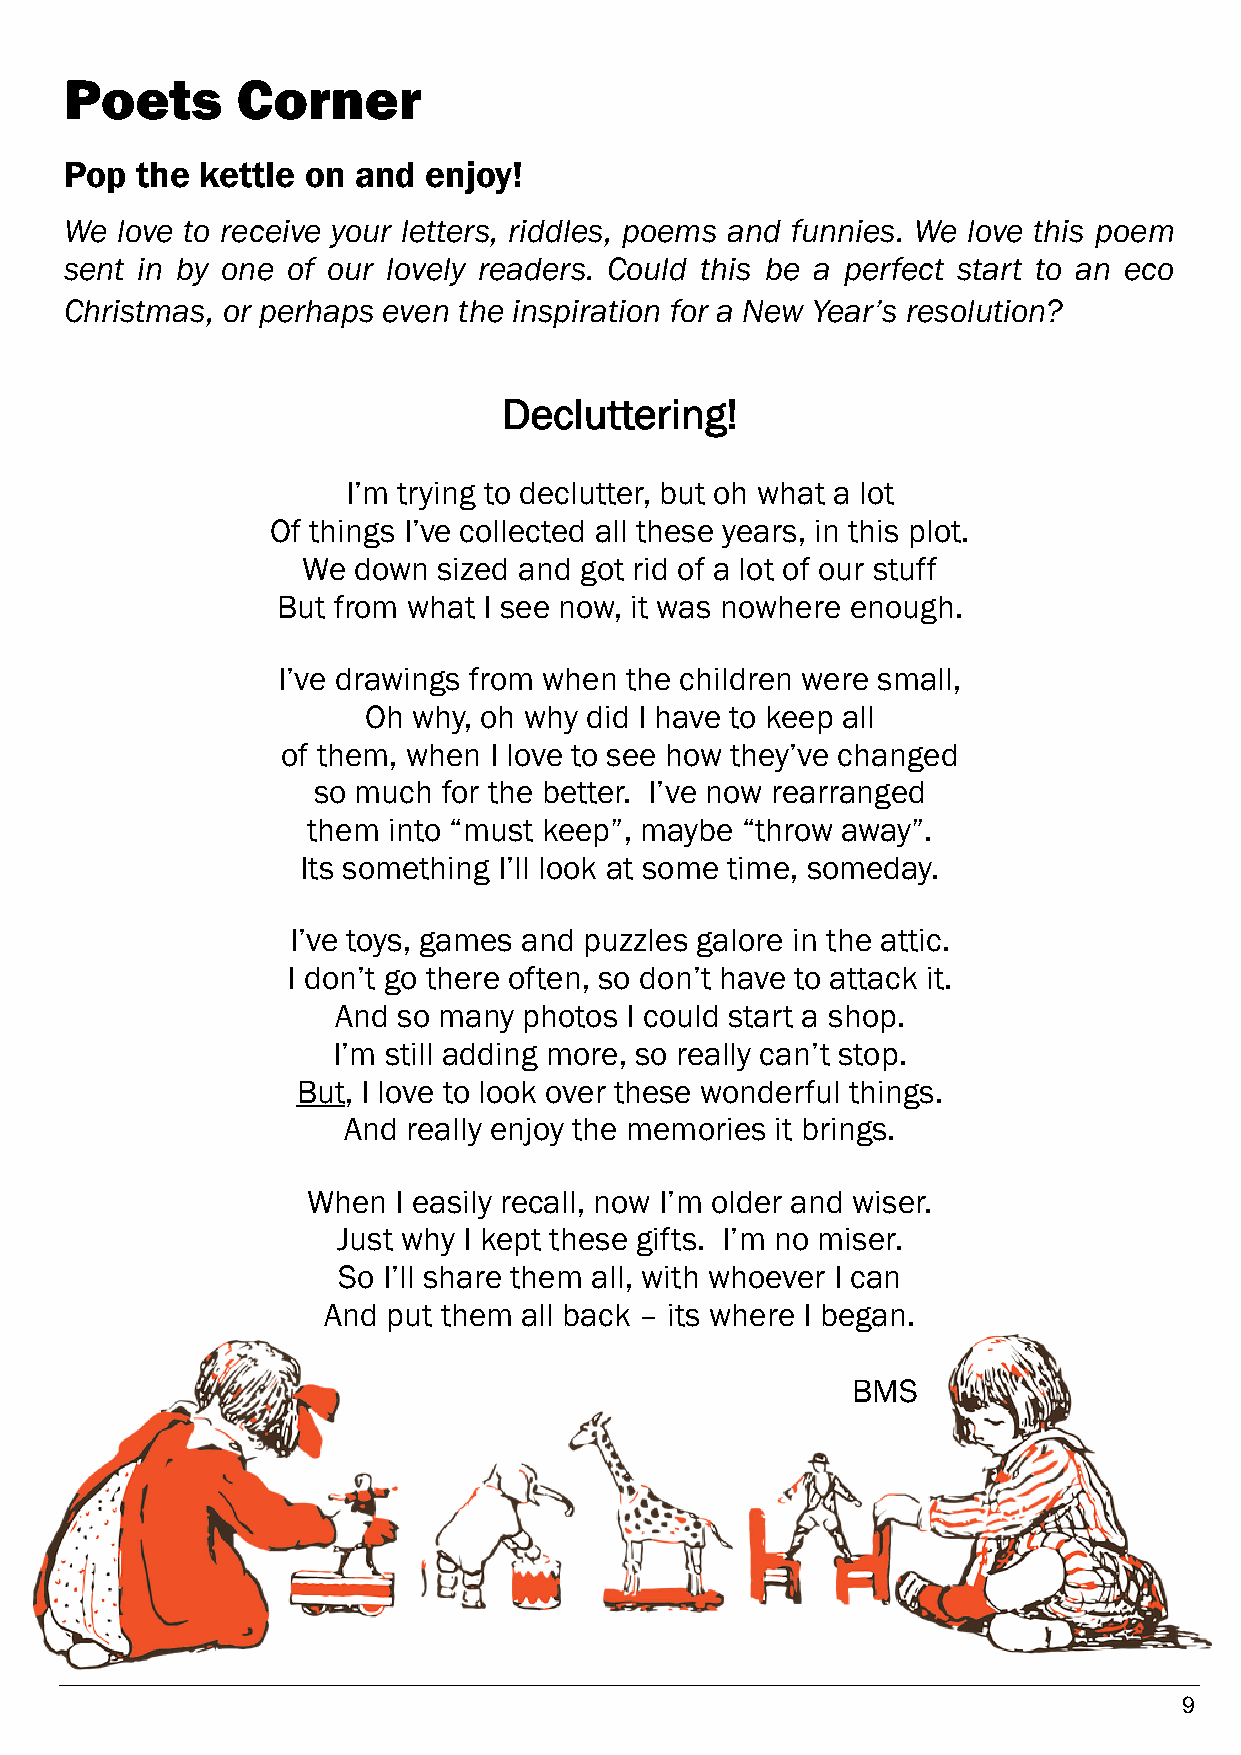
Poets       Corner
 Pop  the kettle on and  enjoy!
 We  love to receive your letters, riddles, poems and funnies. We love this poem
 sent in by one of our lovely readers. Could this be a perfect start to an eco
 Christmas, or perhaps even the inspiration for a New Year’s resolution?
 Decluttering!
 I’m trying to declutter, but oh what a lot
 Of things I’ve collected all these years, in this plot.
 We down  sized and got rid of a lot of our stuff
 But from what I see now, it was nowhere enough.
 I’ve drawings from when the children were small,
 Oh why, oh why did I have to keep all
 of them, when I love to see how they’ve changed
 so much for the better. I’ve now rearranged
 them  into “must keep”, maybe “throw away”.
 Its something I’ll look at some time, someday.
 I’ve toys, games and puzzles galore in the attic.
 I don’t go there often, so don’t have to attack it.
 And so many  photos I could start a shop.
 I’m still adding more, so really can’t stop.
 But, I love to look over these wonderful things.
 And really enjoy the memories it brings.
 When  I easily recall, now I’m older and wiser.
 Just why I kept these gifts. I’m no miser.
 So I’ll share them all, with whoever I can
 And  put them all back – its where I began.
 BMS
 9